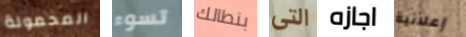
المحمولة تسوء بنطالك التي اجازه إعلانية